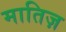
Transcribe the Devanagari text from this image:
मातिज़